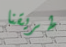
طريقنا